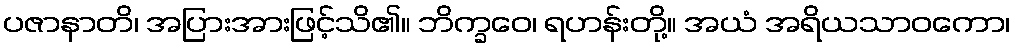
ပဇာနာတိ၊ အပြားအားဖြင့်သိ၏။ ဘိက္ခဝေ၊ ရဟန်းတို့။ အယံ အရိယသာဝကော၊